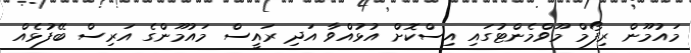
މައުމޫން ރިފޯމް މޫވްމެންޓުގައި އިސްކޮށް އުޅުއްވާ އަދި ރައީސް މައުމޫންގެ އަރިސް ބޭފުޅެއް